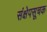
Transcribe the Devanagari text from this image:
संक्षेपसूचक